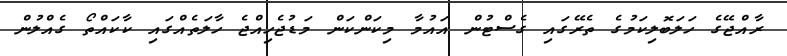
ރާއްޖޭގެ ހަލަބޮލިކަމުގެ ތެރޭގައި ގެސްޓުން އައުމާ މިކަންކަން މަޑުޖެހިއްޖެ ހާލަތެއްގައި ކާކައްތޯ ގެއްލުން